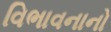
વિભાવનાનો